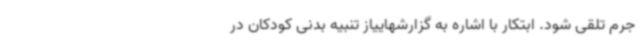
جرم تلقی شود. ابتکار با اشاره به گزارشهاییاز تنبیه بدنی کودکان در